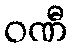
ဝဏီ